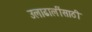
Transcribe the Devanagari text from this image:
उलाढालींसाठी